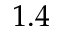
1 . 4